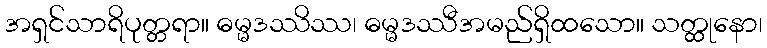
အရှင်သာရိပုတ္တရာ။ ဓမ္မဒဿိဿ၊ ဓမ္မဒဿီအမည်ရှိထသော။ သတ္ထုနော၊